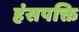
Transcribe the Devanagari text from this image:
हंसपक्ति